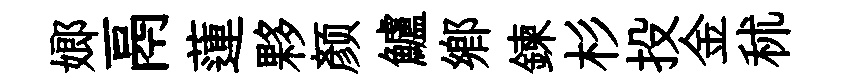
嫏鬲蓮夥颜鱸鄕鍊杉投金秫